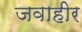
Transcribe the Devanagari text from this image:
जवाहीर